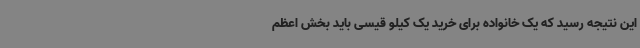
این نتیجه رسید که یک خانواده برای خرید یک کیلو قیسی باید بخش اعظم